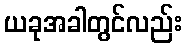
ယခုအခါတွင်လည်း